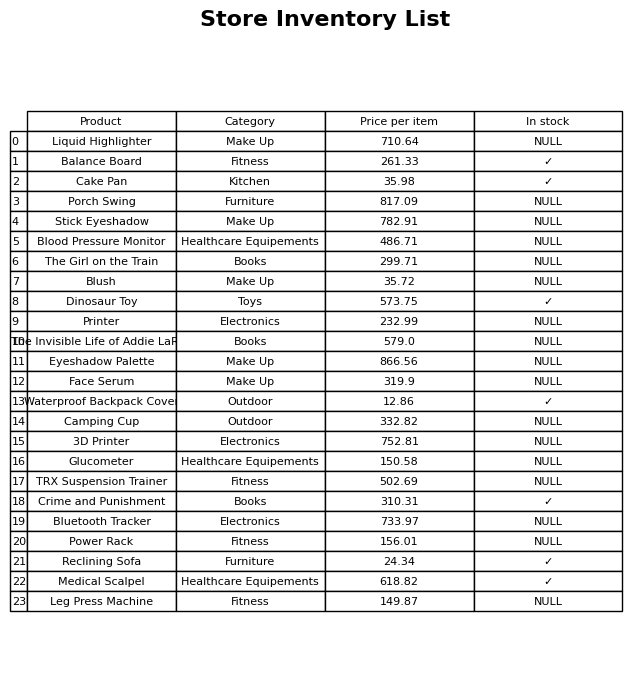
question: What is the price for Glucometer?
answer: The price of Glucometer is 150.58.